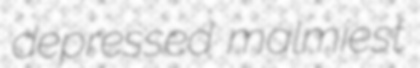
depressed malmiest